Civil Veterinary Department. United Provinces 1932-42 - 1932-1942
Year: 1932
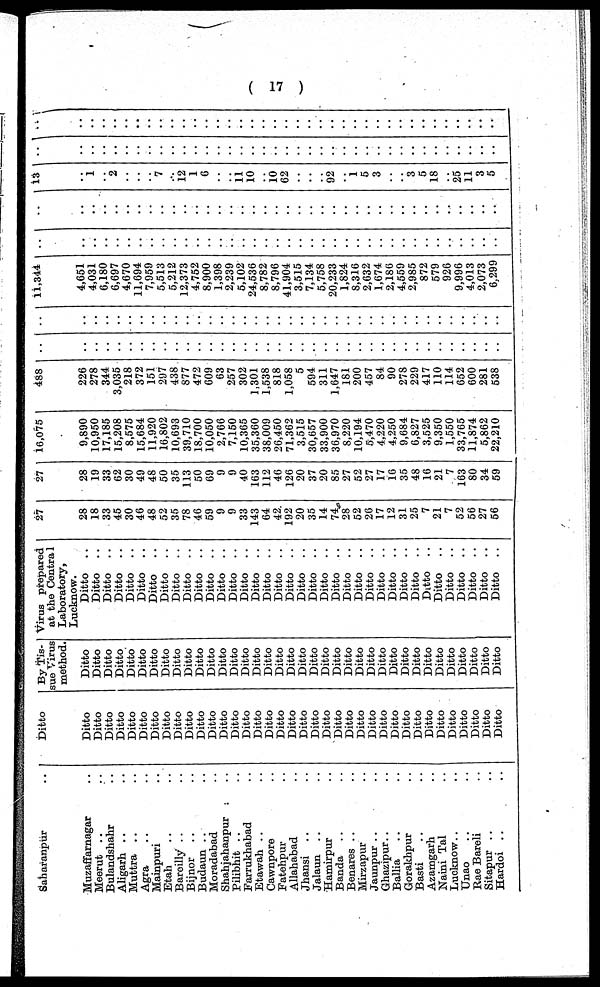
( 17 )
Saharanpur ..
Muzaffarnagar ..
Meerut .. ..
Bulandshahr ..
Aligarh .. ..
Muttra .. ..
Agra .. ..
Mainpuri ..
Etah .. ..
Bareilly .. ..
Bijnor .. ..
Budaun .. ..
Moradabad ..
Shahjahanpur ..
Pilibhit .. ..
Farrukhabad ..
Etawah ..
Cawnpore ..
Fatehpur ..
Allahabad ..
Jhansi .. ..
Jalaun .. ..
Hamirpur ..
Banda .. ..
Benares .. ..
Mirzapur ..
Jaunpur ..
Ghazipur .. ..
Ballia .. ..
Gorakhpur ..
Basti .. ..
Azamgarh ..
Naini Tal ..
Lucknow .. ..
Unao .. ..
Rae Bareli ..
Sitapur .. ..
Hardoi .. ..
Ditto
Ditto
Ditto
Ditto
Ditto
Ditto
Ditto
Ditto
Ditto
Ditto
Ditto
Ditto
Ditto
Ditto
Ditto
Ditto
Ditto
Ditto
Ditto
Ditto
Ditto
Ditto
Ditto
Ditto
Ditto
Ditto
Ditto
Ditto
Ditto
Ditto
Ditto
Ditto
Ditto
Ditto
Ditto
Ditto
Ditto
Ditto
By Tis-
sue Virus
method.
Ditto
Ditto
Ditto
Ditto
Ditto
Ditto
Ditto
Ditto
Ditto
Ditto
Ditto
Ditto
Ditto
Ditto
Ditto
Ditto
Ditto
Ditto
Ditto
Ditto
Ditto
Ditto
Ditto
Ditto
Ditto
Ditto
Ditto
Ditto
Ditto
Ditto
Ditto
Ditto
Ditto
Ditto
Ditto
Ditto
Ditto
Virus prepared
at the Central
Laboratory,
Lucknow.
Ditto
..
Ditto
..
Ditto
..
Ditto
..
Ditto
..
Ditto
..
Ditto
..
Ditto
..
Ditto
..
Ditto
..
Ditto
..
Ditto
..
Ditto
..
Ditto ..
Ditto
..
Ditto
..
Ditto
..
Ditto
..
Ditto
..
Ditto
..
Ditto
..
Ditto
..
Ditto ..
Ditto
..
Ditto ..
Ditto
..
Ditto
..
Ditto ..
Ditto
..
Ditto ..
Ditto
..
Ditto ..
Ditto
..
Ditto
..
Ditto
..
Ditto
..
Ditto ..
27
28
18
33
45
30
46
48
52
35
78
46
59
9
9
33
143
64
42 192
20
35
14 74
28
52 26
17
12
31
25
7
21
7
52
56
27
56
27
28
19
33
62
30
49
48
50
35
113
50
69
9
9
40
163
112
46
126
20
37
20
85
27
52
27
17
16
35
48
16
21
7
163
80
34
59
16,075
9,890
10,950
17,185
15,208
8,575
15,684
11,920
16,802
10,693
39,710
18,700
10,050
2,766
7,150
10,365
35,360
38,009
26,450
71,362
3,515
30,657
33,900
36,970
8,220
10,194
5,470
4,220
4,250
9,684
6,827
3,525
9,350
1,550
33,765
11,874
5,862
22,210
488
226
278
344
3,035
218
372
151
297
438
877
472
609
63
257
302
1,301
1,538
818 1,058
5
594
311
1,647
181
200 457
84
90
278
229
417
110
114
652
600
281
538
..
..
..
..
..
..
..
..
..
..
..
..
..
..
..
..
..
..
..
..
..
..
..
..
..
..
..
..
..
..
..
..
..
..
..
..
..
..
..
..
..
..
..
..
..
..
..
..
..
..
..
..
..
..
..
..
..
..
..
..
..
..
..
..
..
..
..
..
..
..
..
..
..
..
..
..
11,344
4,651
4,031
6,180
6,697
4,670
11,694
7,959
5,513
5,212
12,373
4,752
8,900
1,398
2,239
5,102
24,536
8,782
8,796 41,904
3,515
7,134
5,758
20,233
1,824
8,316 2,632
1,674
2,186
4,559
2,985
872
579
926
9,996
4,013
2,073
6,299
..
..
..
..
..
..
..
..
..
..
..
..
..
..
..
..
..
..
..
..
..
..
..
..
..
..
..
..
.. ..
..
..
..
..
..
..
..
..
..
..
..
..
..
..
..
..
..
..
..
..
..
..
..
..
..
..
..
..
..
..
..
..
..
..
..
.. ..
..
..
..
..
..
..
..
13
..
1
..
2
..
..
..
7
..
12
1
6
..
..
11
10
..
10 62
..
..
..
92
..
1 5
3
..
.. 3
5 18
..
25
11
3
5
..
..
..
..
..
..
..
..
..
..
..
..
..
..
..
..
..
..
..
..
..
..
..
..
..
..
..
..
..
.. ..
..
..
..
..
..
..
..
..
..
..
..
..
..
..
..
..
..
..
..
..
..
..
..
..
..
..
..
..
..
..
..
..
..
..
..
.. ..
..
..
..
..
..
..